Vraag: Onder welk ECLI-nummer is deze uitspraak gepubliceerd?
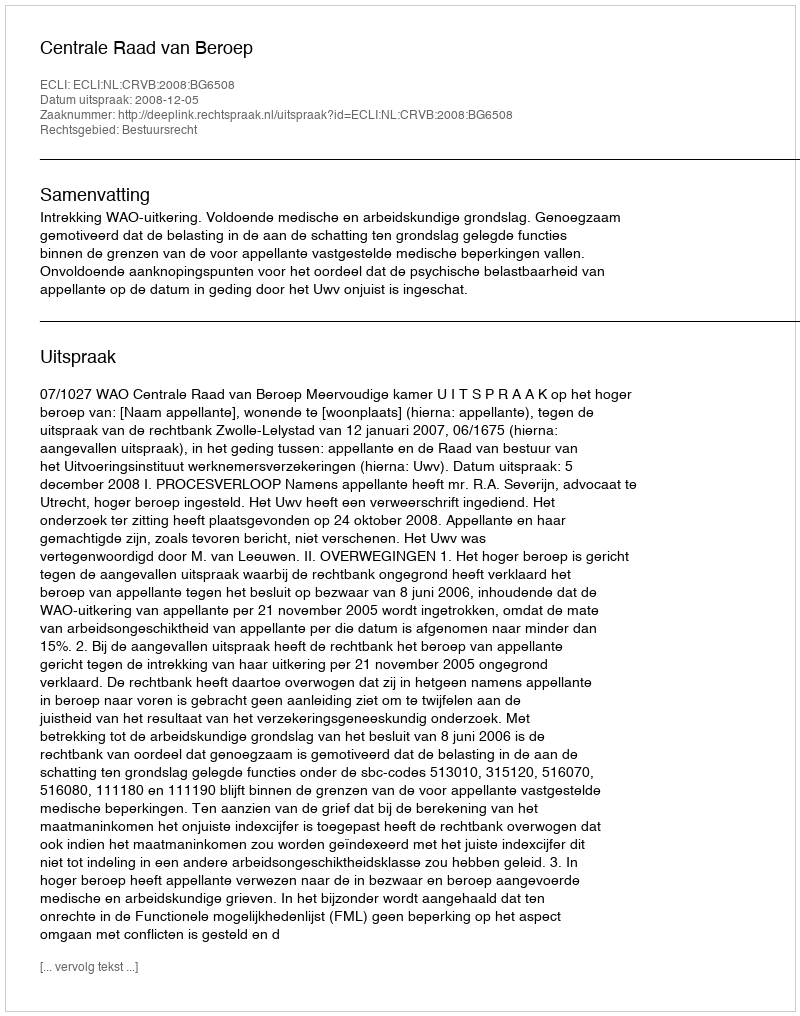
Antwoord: ECLI:NL:CRVB:2008:BG6508